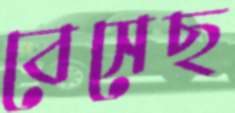
বেসেছ